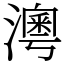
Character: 澚